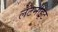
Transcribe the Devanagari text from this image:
लेटनाइट